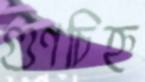
গুণচিহ্ন